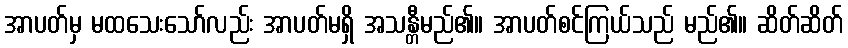
အာပတ်မှ မထသေးသော်လည်း အာပတ်မရှိ အသန္တီမည်၏။ အာပတ်စင်ကြယ်သည် မည်၏။ ဆိတ်ဆိတ်